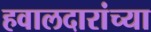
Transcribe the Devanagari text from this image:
हवालदारांच्या